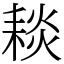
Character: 䎦